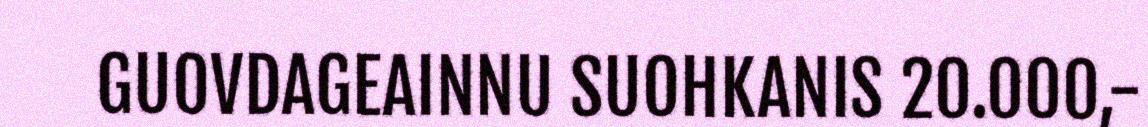
GUOVDAGEAINNU SUOHKANIS 20.000,-